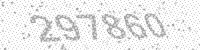
Solution: 297860